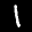
Label: 1